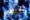
أفضل